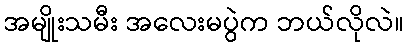
အမျိုးသမီး အလေးမပွဲက ဘယ်လိုလဲ။